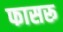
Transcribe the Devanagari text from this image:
फासरू